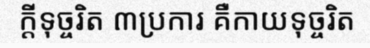
ក្តីទុច្ចរិត ៣ប្រការ គឺកាយទុច្ចរិត